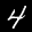
Label: 4